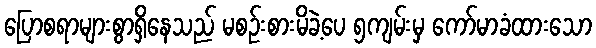
ပြောစရာများစွာရှိနေသည် မစဉ်းစားမိခဲ့ပေ ၅ကျမ်းမှ ကော်မာခံထားသော